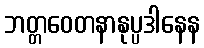
ဘတ္တဝေတနာနုပ္ပဒါနေန